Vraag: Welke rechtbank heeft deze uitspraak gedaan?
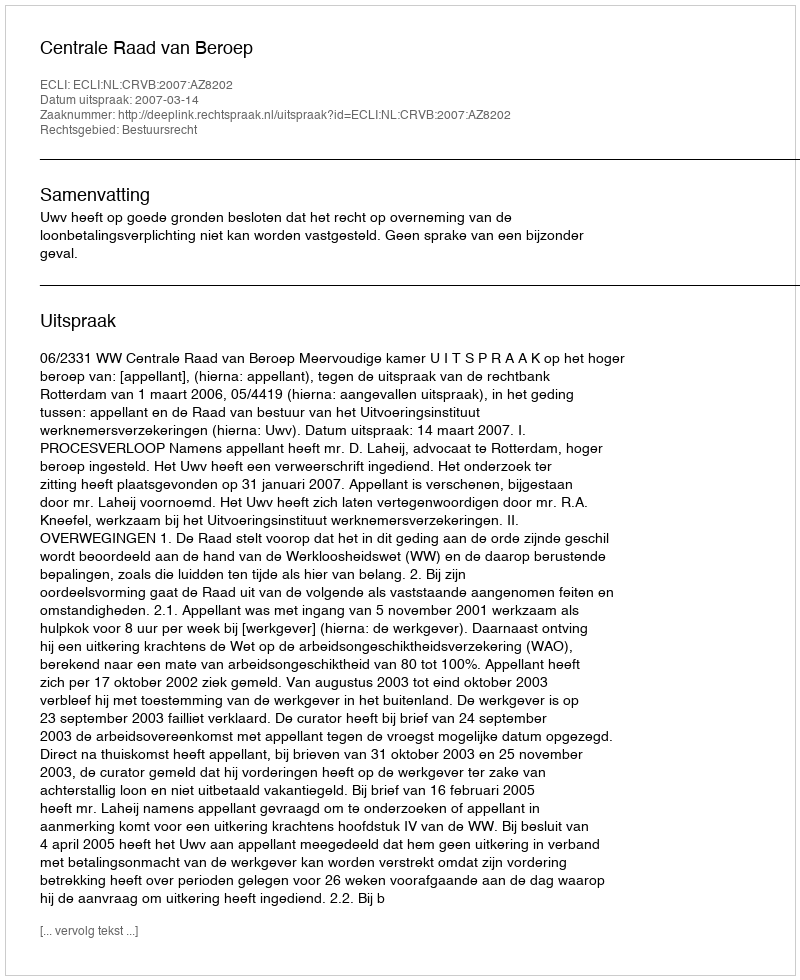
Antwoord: Centrale Raad van Beroep